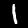
Label: 1